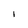
Character: 1